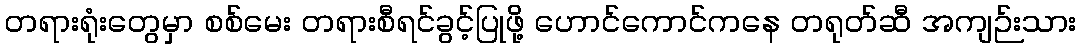
တရားရုံးတွေမှာ စစ်မေး တရားစီရင်ခွင့်ပြုဖို့ ဟောင်ကောင်ကနေ တရုတ်ဆီ အကျဉ်းသား